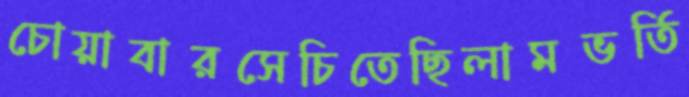
চোয়াবারসেচিতেছিলামভর্তি